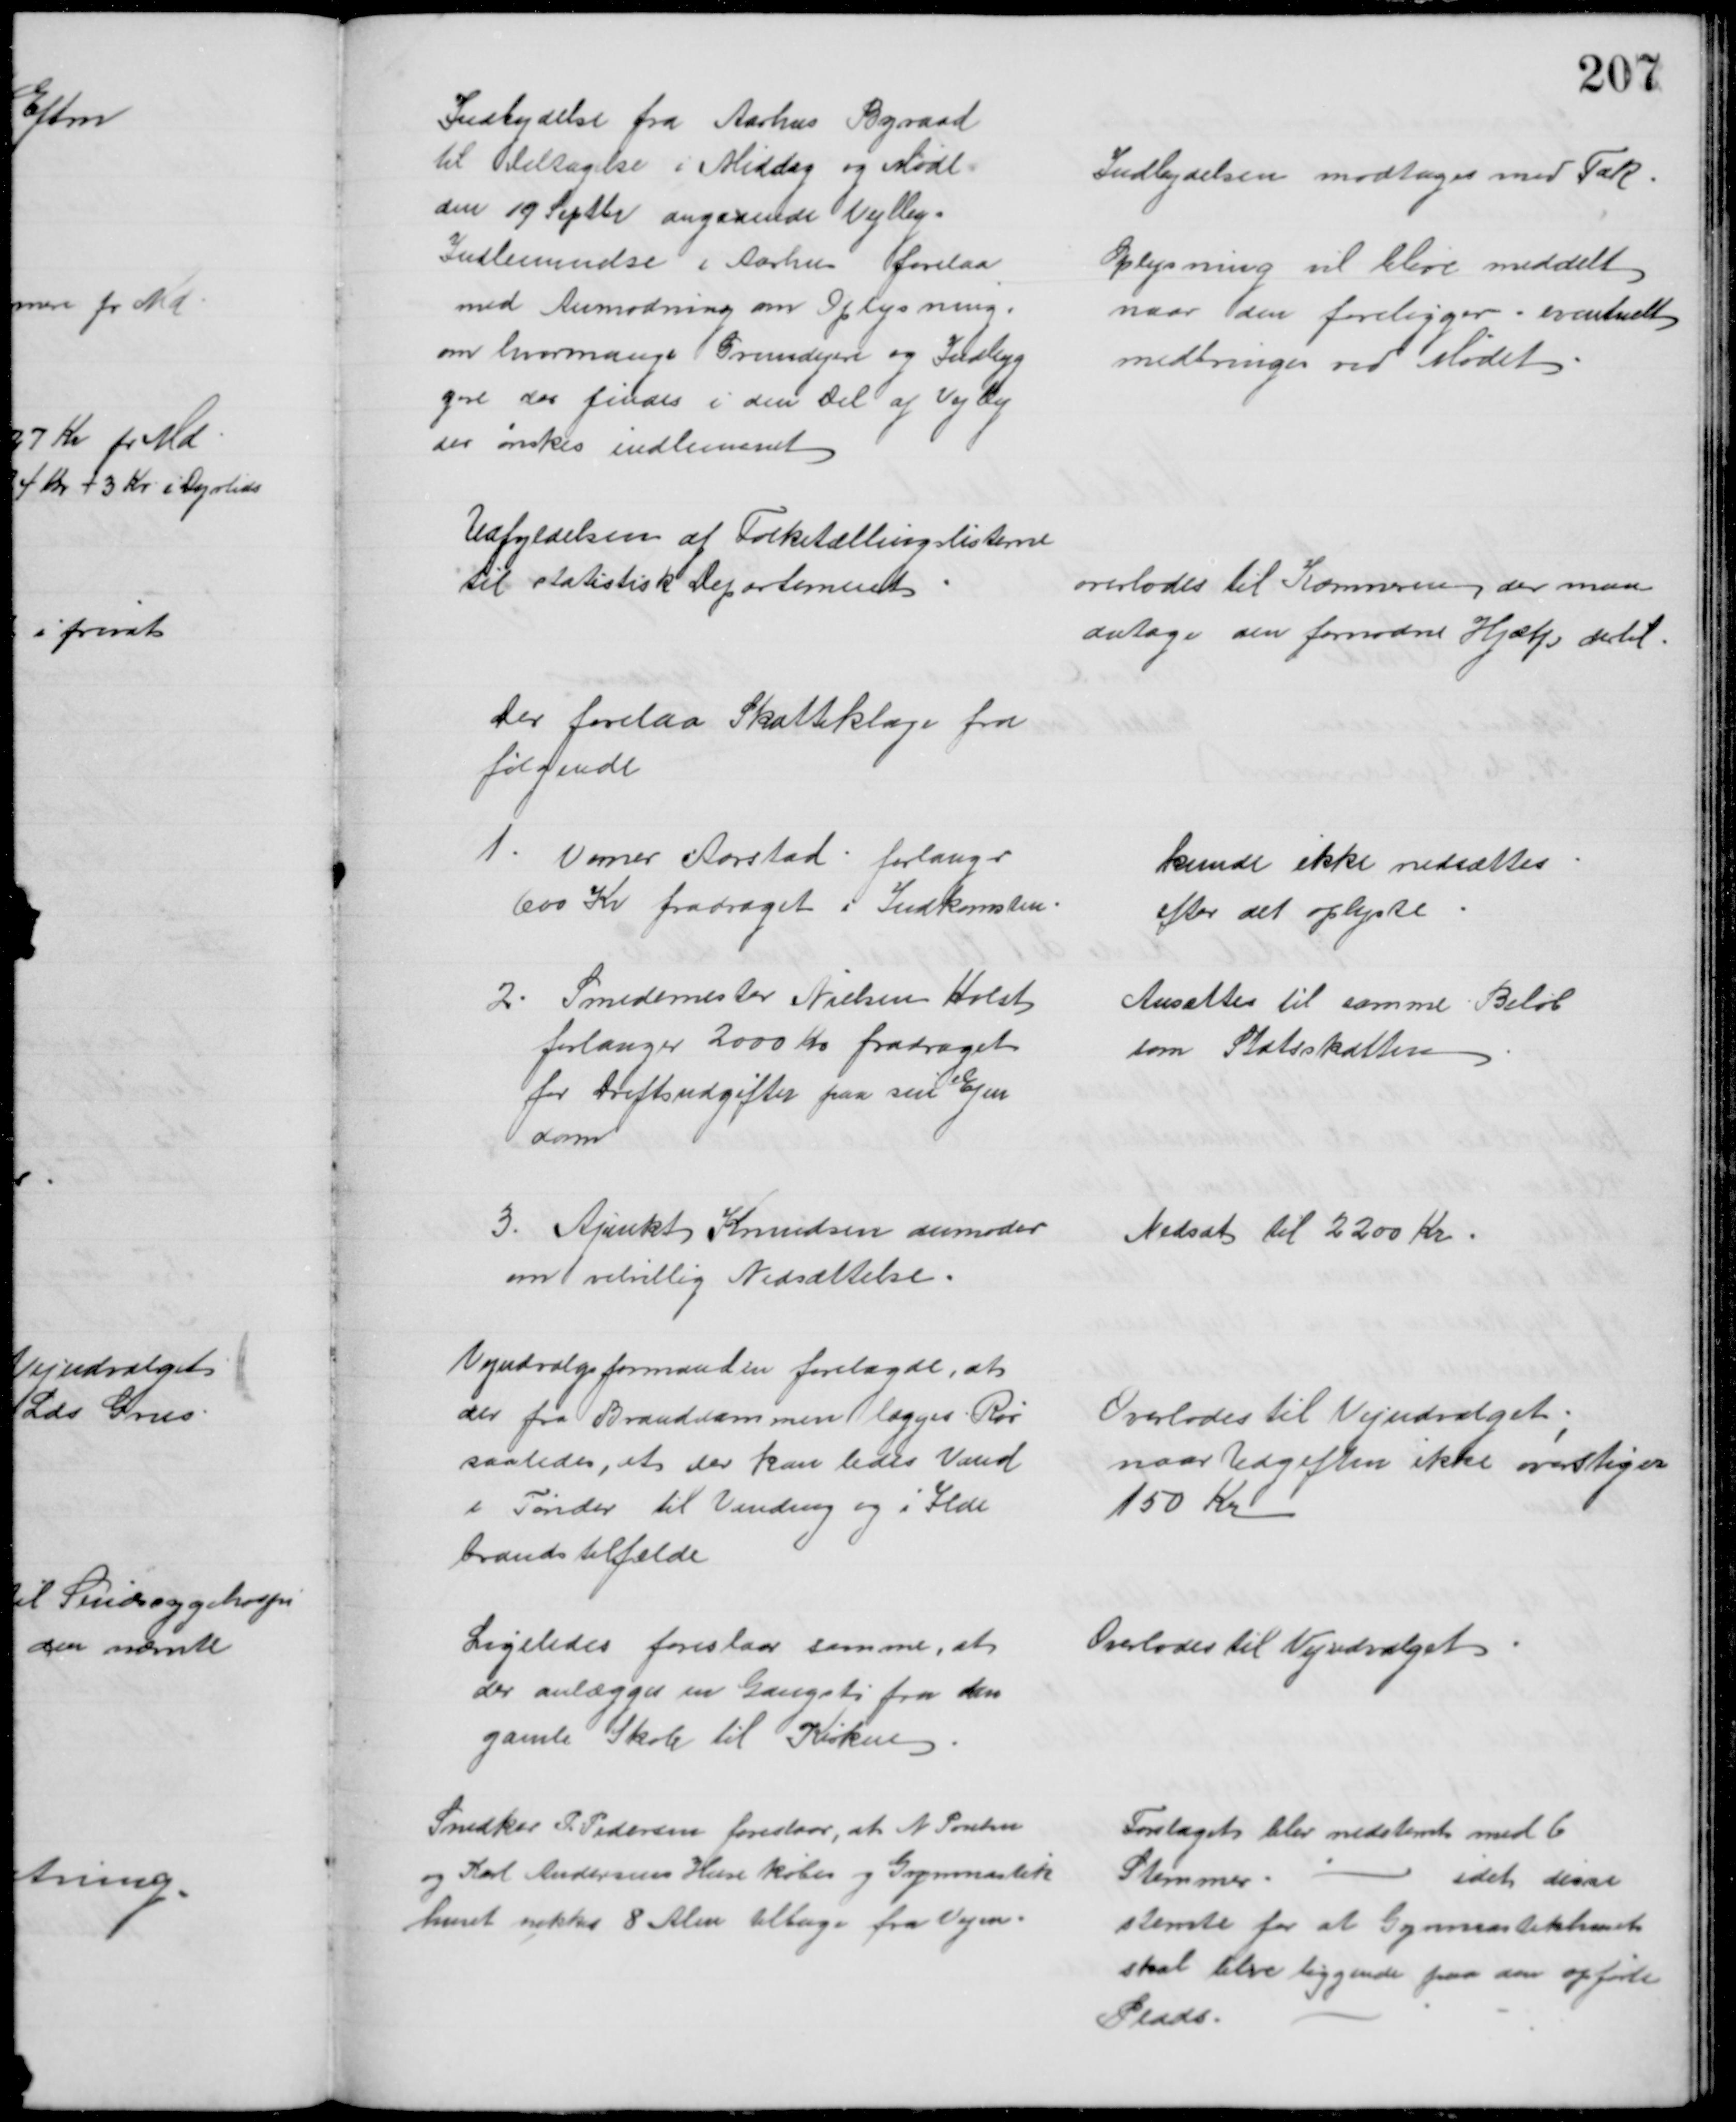
Transskription:
Indbydelse fra Aarhus Byraad
til Deltagelse i Middag og Møde
den 19 Septbr angaaende Vejlby
Indlemmelse i Aarhus forelaa
med Anmodning om Oplysning,
om hvormange Grundejere og Indbyg
gere der findes i den Del af Vejlby
der ønskes indlemmet
Indbydelsen modtages med Tak.
Oplysning vil blive meddelt
naar den foreligger - eventuelt
medbringes ved Mødet
Udfyldelsen af Folketællingslisterne
til statistisk Departement
overlodes til Kæmneren, der maa
antage den fornødne Hjælp dertil
Der forelaa Skatteklage fra
følgende
1. Verner Aarstad forlanger
600 Kr fradraget i Indkomsten.
kunde ikke nedsættes
efter det oplyste
2. Smedemester Nielsen Holst
forlanger 2000 Kr fradraget 
for Driftsudgifter paa sin Ejen
dom
Ansattes til samme Beløb
som Statsskatten
3. Ajunkt Knudsen anmoder
om velvillig Nedsættelse.
Nedsat til 2200 Kr.
Vejudvalgsformanden forelagde, at
der fra Branddammen lægges Rør
saaledes, at der kan ledes Vand
i Tønder til Vanding og i Ilde
brandstilfælde
Overlodes til Vejudvalget,
naar Udgiften ikke overstiger
150 Kr
Ligeledes foreslaar samme, at
der anlægges en Gangsti fra den
gamle Skole til Kirken
Overlodes til Vejudvalget
Snedker P. Pedersen foreslaar, at N. Poulsen
og Karl Andersens Huse købes og Gymnastik
huset rykkes 8 Alen tiltage fra Vejen.
Forslaget blev nedstemt med 6
Stemmer.
idet disse
stemte for at Gymnastikhuset
skal blive liggende paa den opførte
Plads.